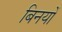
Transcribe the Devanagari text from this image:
बिनयों